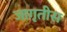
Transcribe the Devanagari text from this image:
जागृतीस